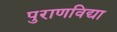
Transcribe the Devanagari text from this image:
पुराणविद्या